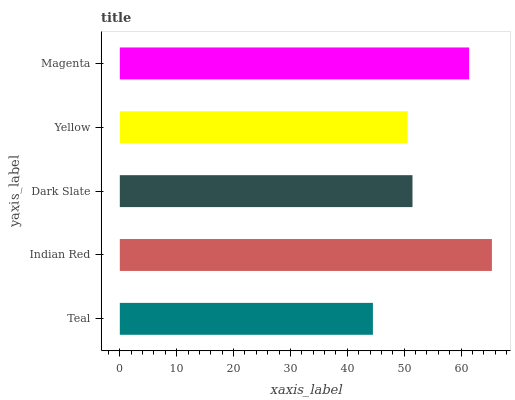
| yaxis_label | bars |
 | --- | --- |
 | Teal | 44.5 |
 | Indian Red | 65.4 |
 | Dark Slate | 51.5 |
 | Yellow | 50.6 |
 | Magenta | 61.4 |